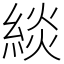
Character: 緂